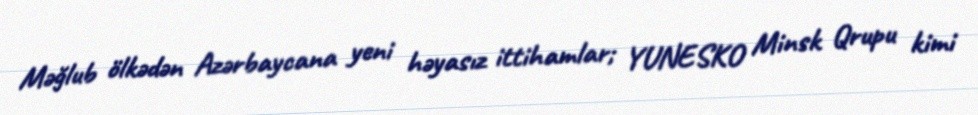
Məğlub ölkədən Azərbaycana yeni həyasız ittihamlar; YUNESKO Minsk Qrupu kimi